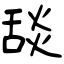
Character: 舕